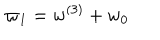
\varpi _ { 1 } = w ^ { ( 3 ) } + w _ { 0 }